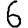
Digit: 6